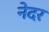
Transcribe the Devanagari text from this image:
नेदर